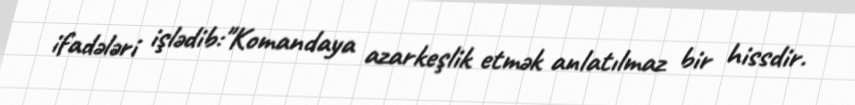
ifadələri işlədib:"Komandaya azarkeşlik etmək anlatılmaz bir hissdir.